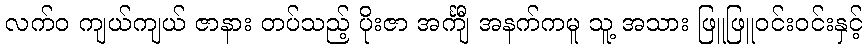
လက်ဝ ကျယ်ကျယ် ဇာနား တပ်သည့် ပိုးဇာ အင်္ကျီ အနက်ကမူ သူ့ အသား ဖြူဖြူဝင်းဝင်းနှင့်